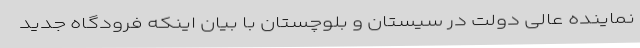
نماینده عالی دولت در سیستان و بلوچستان با بیان اینکه فرودگاه جدید